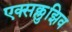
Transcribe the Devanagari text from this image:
एक्सक्लुझिव